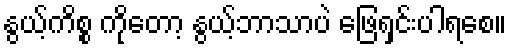
နွယ့်ကိစ္စ ကိုတော့ နွယ့်ဘာသာပဲ ဖြေရှင်းပါရစေ။